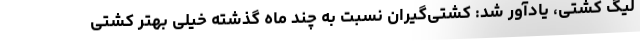
لیگ کشتی، یادآور شد: کشتی‌گیران نسبت به چند ماه گذشته خیلی بهتر کشتی